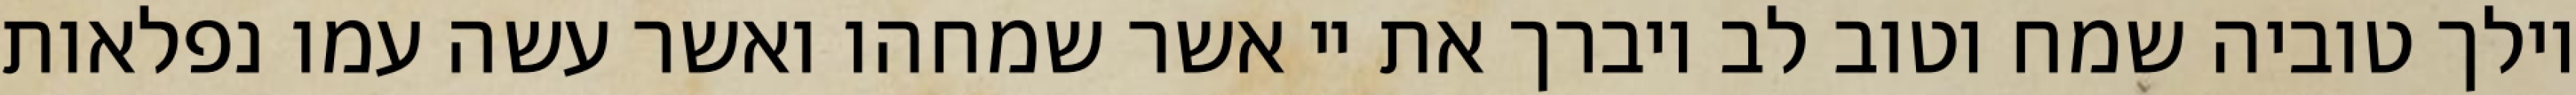
וילך טוביה שמח וטוב לב ויברך את יי אשר שמחהו ואשר עשה עמו נפלאות